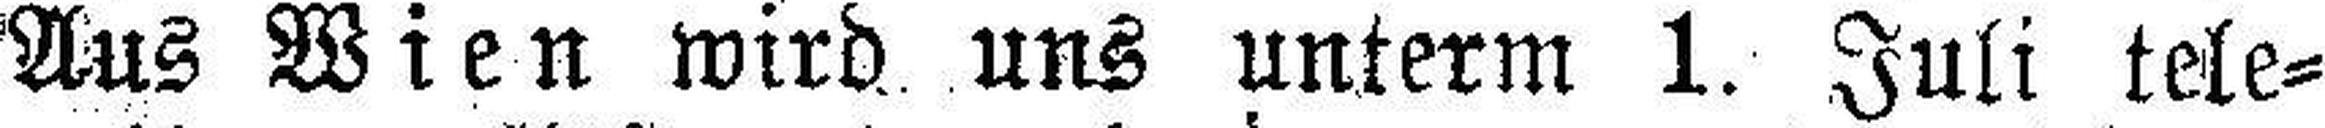
Aus Wien wird uns unterm 1. Juli tele¬